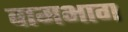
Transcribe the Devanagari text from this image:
वामभाग